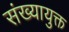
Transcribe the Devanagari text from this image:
संख्यायुक्त